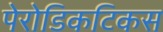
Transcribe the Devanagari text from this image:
पेरोडिकटिकस